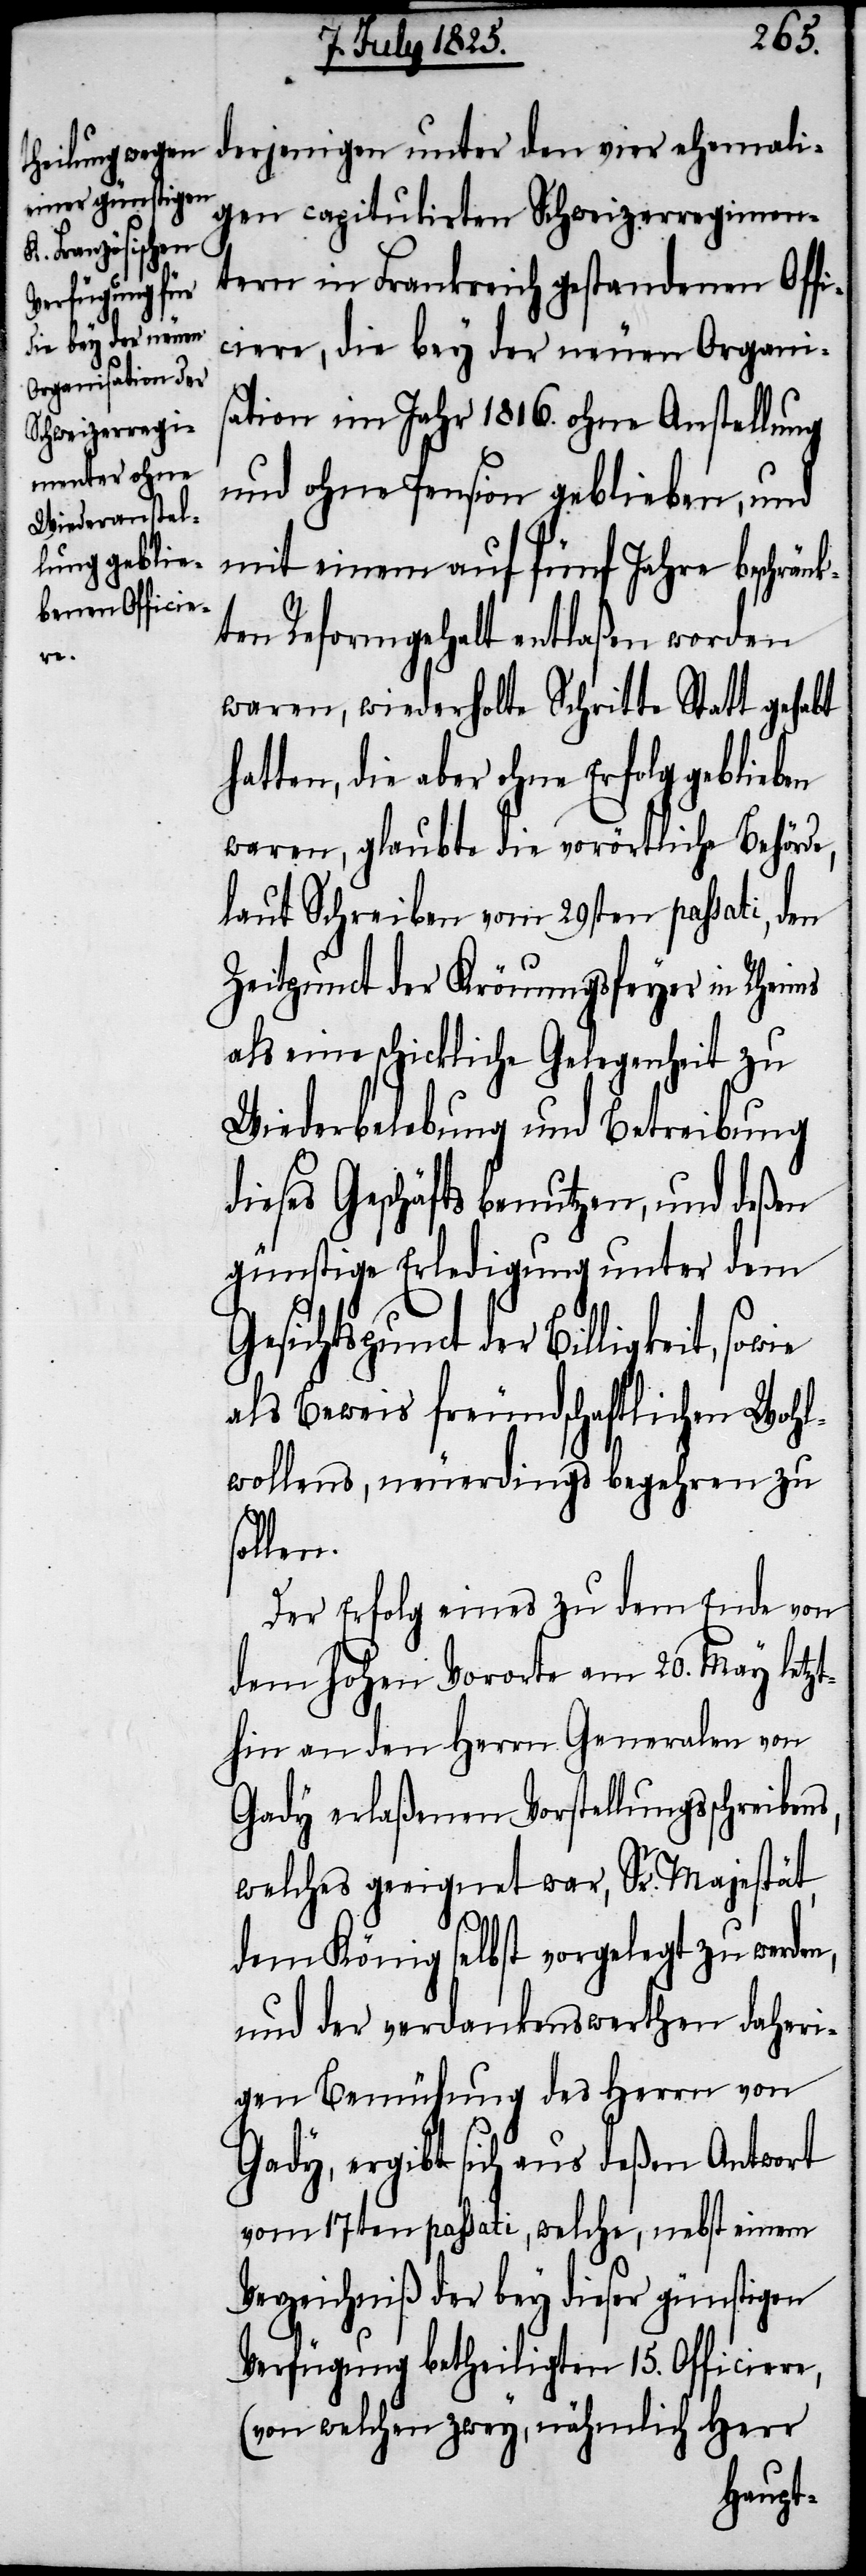
derjenigen unter den vier ehemali¬
gen capitulirten Schweizerregimen¬
s,
tern in Frankreich gestandenen Offi¬
ciere, die bey der neuen Organis¬
ation im Jahr 1816. ohne Anstellung
und ohne Pension geblieben, und
mit einem auf fünf Jahre beschränk¬
ten Reformgehalt entlaßen worden
waren, wiederholte Schritte Statt gehabt
hatten, die aber ohne Erfolg geblieben
waren, glaubte die vorörtliche Behörde,
laut Schreiben vom 29sten passati, den
Zeitpunct der Krönungsfeyer in Rheims
als eine schickliche Gelegenheit zu
Wiederbelebung und Betreibung
dieses Geschäfts benutzen, und deßen
günstige Erledigung unter dem
Gesichtspunct der Billigkeit, sowie
als Beweis freundschaftlichen Wohl¬
wollens, neuerdings begehren zu
ollen.
Der Erfolg eines zu dem Ende von
dem hohen Vororte am 20. May letzt¬
hin an den Herrn Generalen von
Gady erlaßenen Vorstellungsschreiben¬
welches geeignet war, Sr. Majestät,
dem König selbst vorgelegt zu werden,
und der verdankenswerthen daheri¬
gen Bemühung des Herrn von
Gady, ergibt sich aus deßen Antwort
vom 17ten passati, welche, nebst einem
Verzeichniß der bey dieser günstigen
Verfügung betheiligten 15. Officiere,
(von welchen zwey, nähmlich Herr